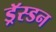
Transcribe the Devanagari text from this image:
ड्रॅस्डन